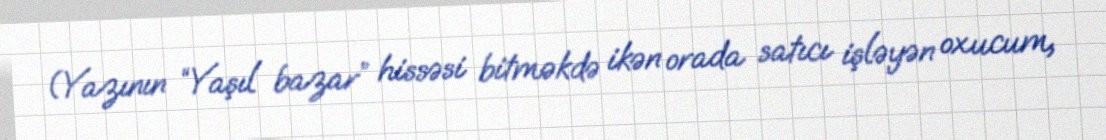
(Yazının “Yaşıl bazar” hissəsi bitməkdə ikən orada satıcı işləyən oxucum,